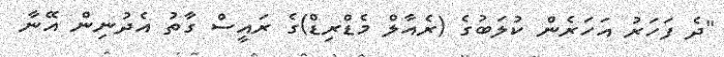
"ދެ ފަހަރު އަހަރެން ކުލަބުގެ (ރެއާލް މެޑްރިޑް)ގެ ރައީސް ގާތު އެދުނިން އޭނާ